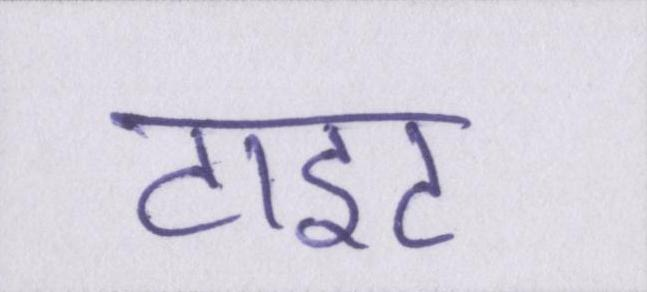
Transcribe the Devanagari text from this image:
टाइट